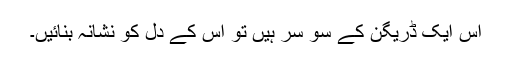
اس ایک ڈریگن کے سو سر ہیں تو اس کے دل کو نشانہ بنائیں۔